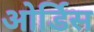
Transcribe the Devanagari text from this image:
ओर्डिस